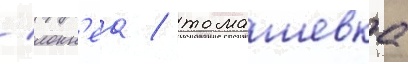
/ локн'еа / томашевка